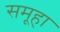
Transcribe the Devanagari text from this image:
समूहा